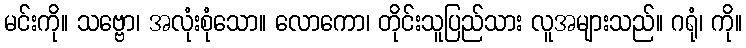
မင်းကို။ သဗ္ဗော၊ အလုံးစုံသော။ လောကော၊ တိုင်းသူပြည်သား လူအများသည်။ ဂရုံ၊ ကို။